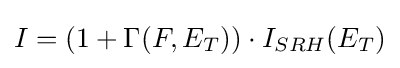
I=(1+\Gamma (F,E_{T}))\cdot I_{SRH}(E_{T})